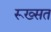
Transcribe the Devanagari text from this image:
रूख्सत